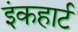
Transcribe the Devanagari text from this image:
इंकहार्ट